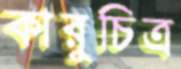
কারুচিত্র